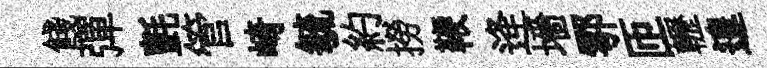
餞彈氈管崎毓約撈鞭逄墻鄠匝轣遑